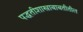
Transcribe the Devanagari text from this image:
पद्धतीशास्त्राबाबतीतील